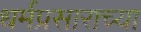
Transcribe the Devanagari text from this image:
धर्मप्रसाराच्या